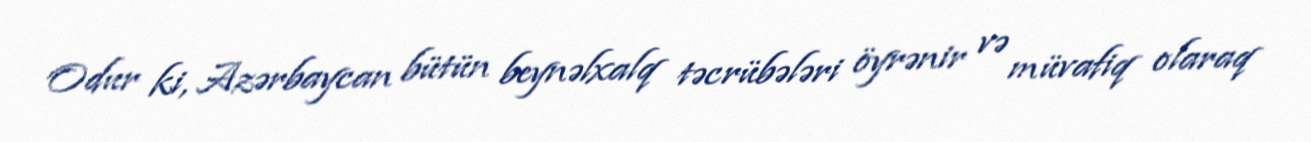
Odur ki, Azərbaycan bütün beynəlxalq təcrübələri öyrənir və müvafiq olaraq